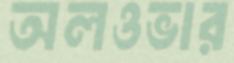
অলওভার